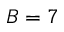
B = 7